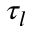
\tau _ { l }